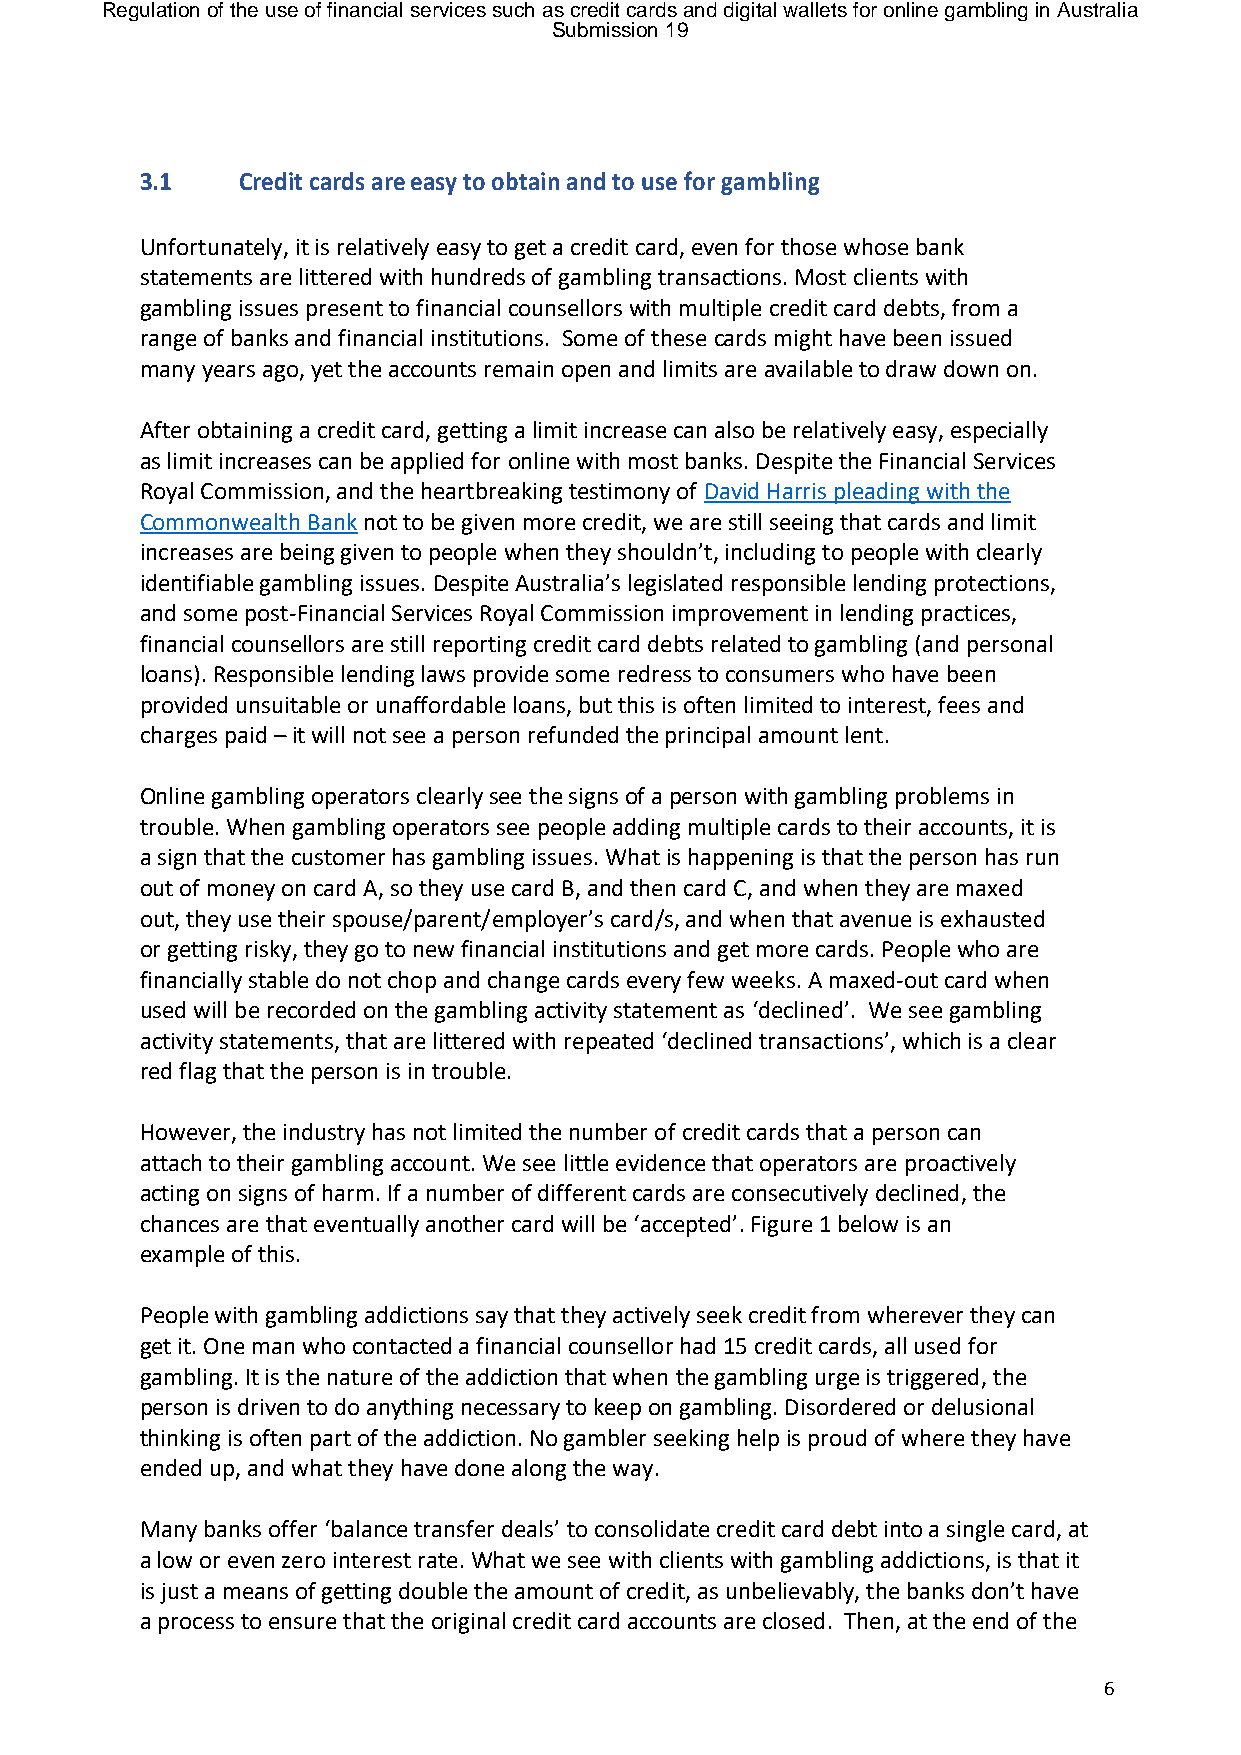
Regulation of the use of financial services such as credit cards and digital wallets for online gambling in Australia
 Submission 19
 3.1    Credit cards are easy to obtain and to use for gambling
 Unfortunately, it is relatively easy to get a credit card, even for those whose bank
 statements are littered with hundreds of gambling transactions. Most clients with
 gambling issues present to financial counsellors with multiple credit card debts, from a
 range of banks and financial institutions. Some of these cards might have been issued
 many years ago, yet the accounts remain open and limits are available to draw down on.
 After obtaining a credit card, getting a limit increase can also be relatively easy, especially
 as limit increases can be applied for online with most banks. Despite the Financial Services
 Royal Commission, and the heartbreaking testimony of David Harris pleading with the
 Commonwealth Bank not to be given more credit, we are still seeing that cards and limit
 increases are being given to people when they shouldn’t, including to people with clearly
 identifiable gambling issues. Despite Australia’s legislated responsible lending protections,
 and some post-Financial Services Royal Commission improvement in lending practices,
 financial counsellors are still reporting credit card debts related to gambling (and personal
 loans). Responsible lending laws provide some redress to consumers who have been
 provided unsuitable or unaffordable loans, but this is often limited to interest, fees and
 charges paid – it will not see a person refunded the principal amount lent.
 Online gambling operators clearly see the signs of a person with gambling problems in
 trouble. When gambling operators see people adding multiple cards to their accounts, it is
 a sign that the customer has gambling issues. What is happening is that the person has run
 out of money on card A, so they use card B, and then card C, and when they are maxed
 out, they use their spouse/parent/employer’s card/s, and when that avenue is exhausted
 or getting risky, they go to new financial institutions and get more cards. People who are
 financially stable do not chop and change cards every few weeks. A maxed-out card when
 used will be recorded on the gambling activity statement as ‘declined’. We see gambling
 activity statements, that are littered with repeated ‘declined transactions’, which is a clear
 red flag that the person is in trouble.
 However, the industry has not limited the number of credit cards that a person can
 attach to their gambling account. We see little evidence that operators are proactively
 acting on signs of harm. If a number of different cards are consecutively declined, the
 chances are that eventually another card will be ‘accepted’. Figure 1 below is an
 example of this.
 People with gambling addictions say that they actively seek credit from wherever they can
 get it. One man who contacted a financial counsellor had 15 credit cards, all used for
 gambling. It is the nature of the addiction that when the gambling urge is triggered, the
 person is driven to do anything necessary to keep on gambling. Disordered or delusional
 thinking is often part of the addiction. No gambler seeking help is proud of where they have
 ended up, and what they have done along the way.
 Many banks offer ‘balance transfer deals’ to consolidate credit card debt into a single card, at
 a low or even zero interest rate. What we see with clients with gambling addictions, is that it
 is just a means of getting double the amount of credit, as unbelievably, the banks don’t have
 a process to ensure that the original credit card accounts are closed. Then, at the end of the
 6